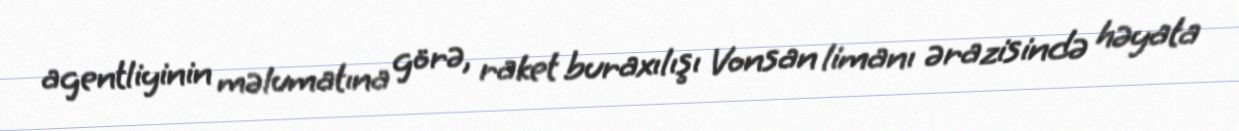
agentliyinin məlumatına görə, raket buraxılışı Vonsan limanı ərazisində həyata